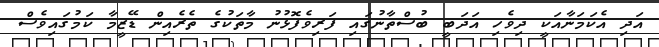
އަދި އެކަމަނާއަކީ ދިވެހި އަދަބީ ބުސްތާނުގައި ފަރިވެފޮޅުނު މާތަކުގެ ތެރެއިން ޑޭޒީމާ ކަމުގައިވެސް